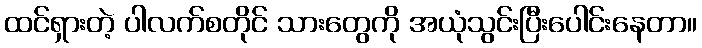
ထင်ရှားတဲ့ ပါလက်စတိုင် သားတွေကို အယုံသွင်းပြီးပေါင်းနေတာ။